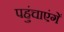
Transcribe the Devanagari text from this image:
पहुंचाएंगें